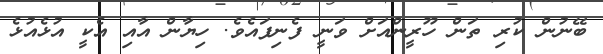
ބޭނުން ކުރި ތަން ހޫރީންއަށް ވަނީ ފެނިފައެވެ. ހިޔާން އާއި އެކީ އުޅެއުޅެ